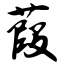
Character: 葭